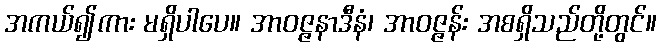
အကယ်၍ကား မရှိပါပေ။ အာဝဇ္ဇနာဒီနံ၊ အာဝဇ္ဇန်း အစရှိသည်တို့တွင်။